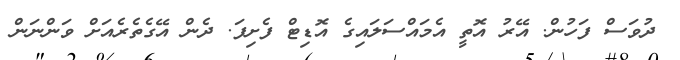
ދުވަސް ފަހުން. އޭރު އޮތީ އެމައްސަލައިގެ އޮޑިޓް ފެށިފަ. ދެން އޭގެތެރެއަށް ވަންނަން